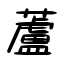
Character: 蘆